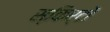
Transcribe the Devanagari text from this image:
स्किर्टों